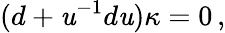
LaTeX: (d+\mathit{u}^{-1}d\mathit{u})\kappa=0\, ,